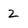
Character: 2